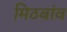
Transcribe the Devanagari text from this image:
मिठबांव